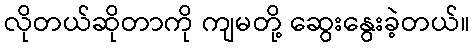
လိုတယ်ဆိုတာကို ကျမတို့ ဆွေးနွေးခဲ့တယ်။